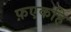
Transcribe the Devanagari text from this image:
फ़एकहि